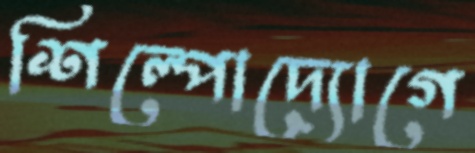
শিল্পোদ্যোগে